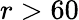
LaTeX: r>60